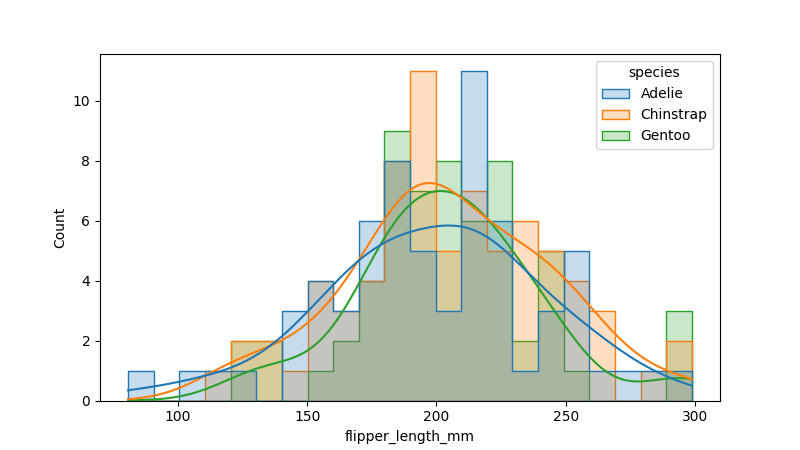
python, seaborn, histplot, hue='species', binwidth=10, bins='auto', element='step'